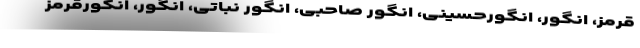
قرمز، انگور، انگورحسینی، انگور صاحبی، انگور نباتی، انگور، انگورقرمز